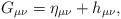
LaTeX: \begin{align*}G_{\mu \nu }=\eta_{\mu \nu } +h_{\mu \nu },\end{align*}